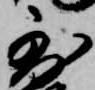
到